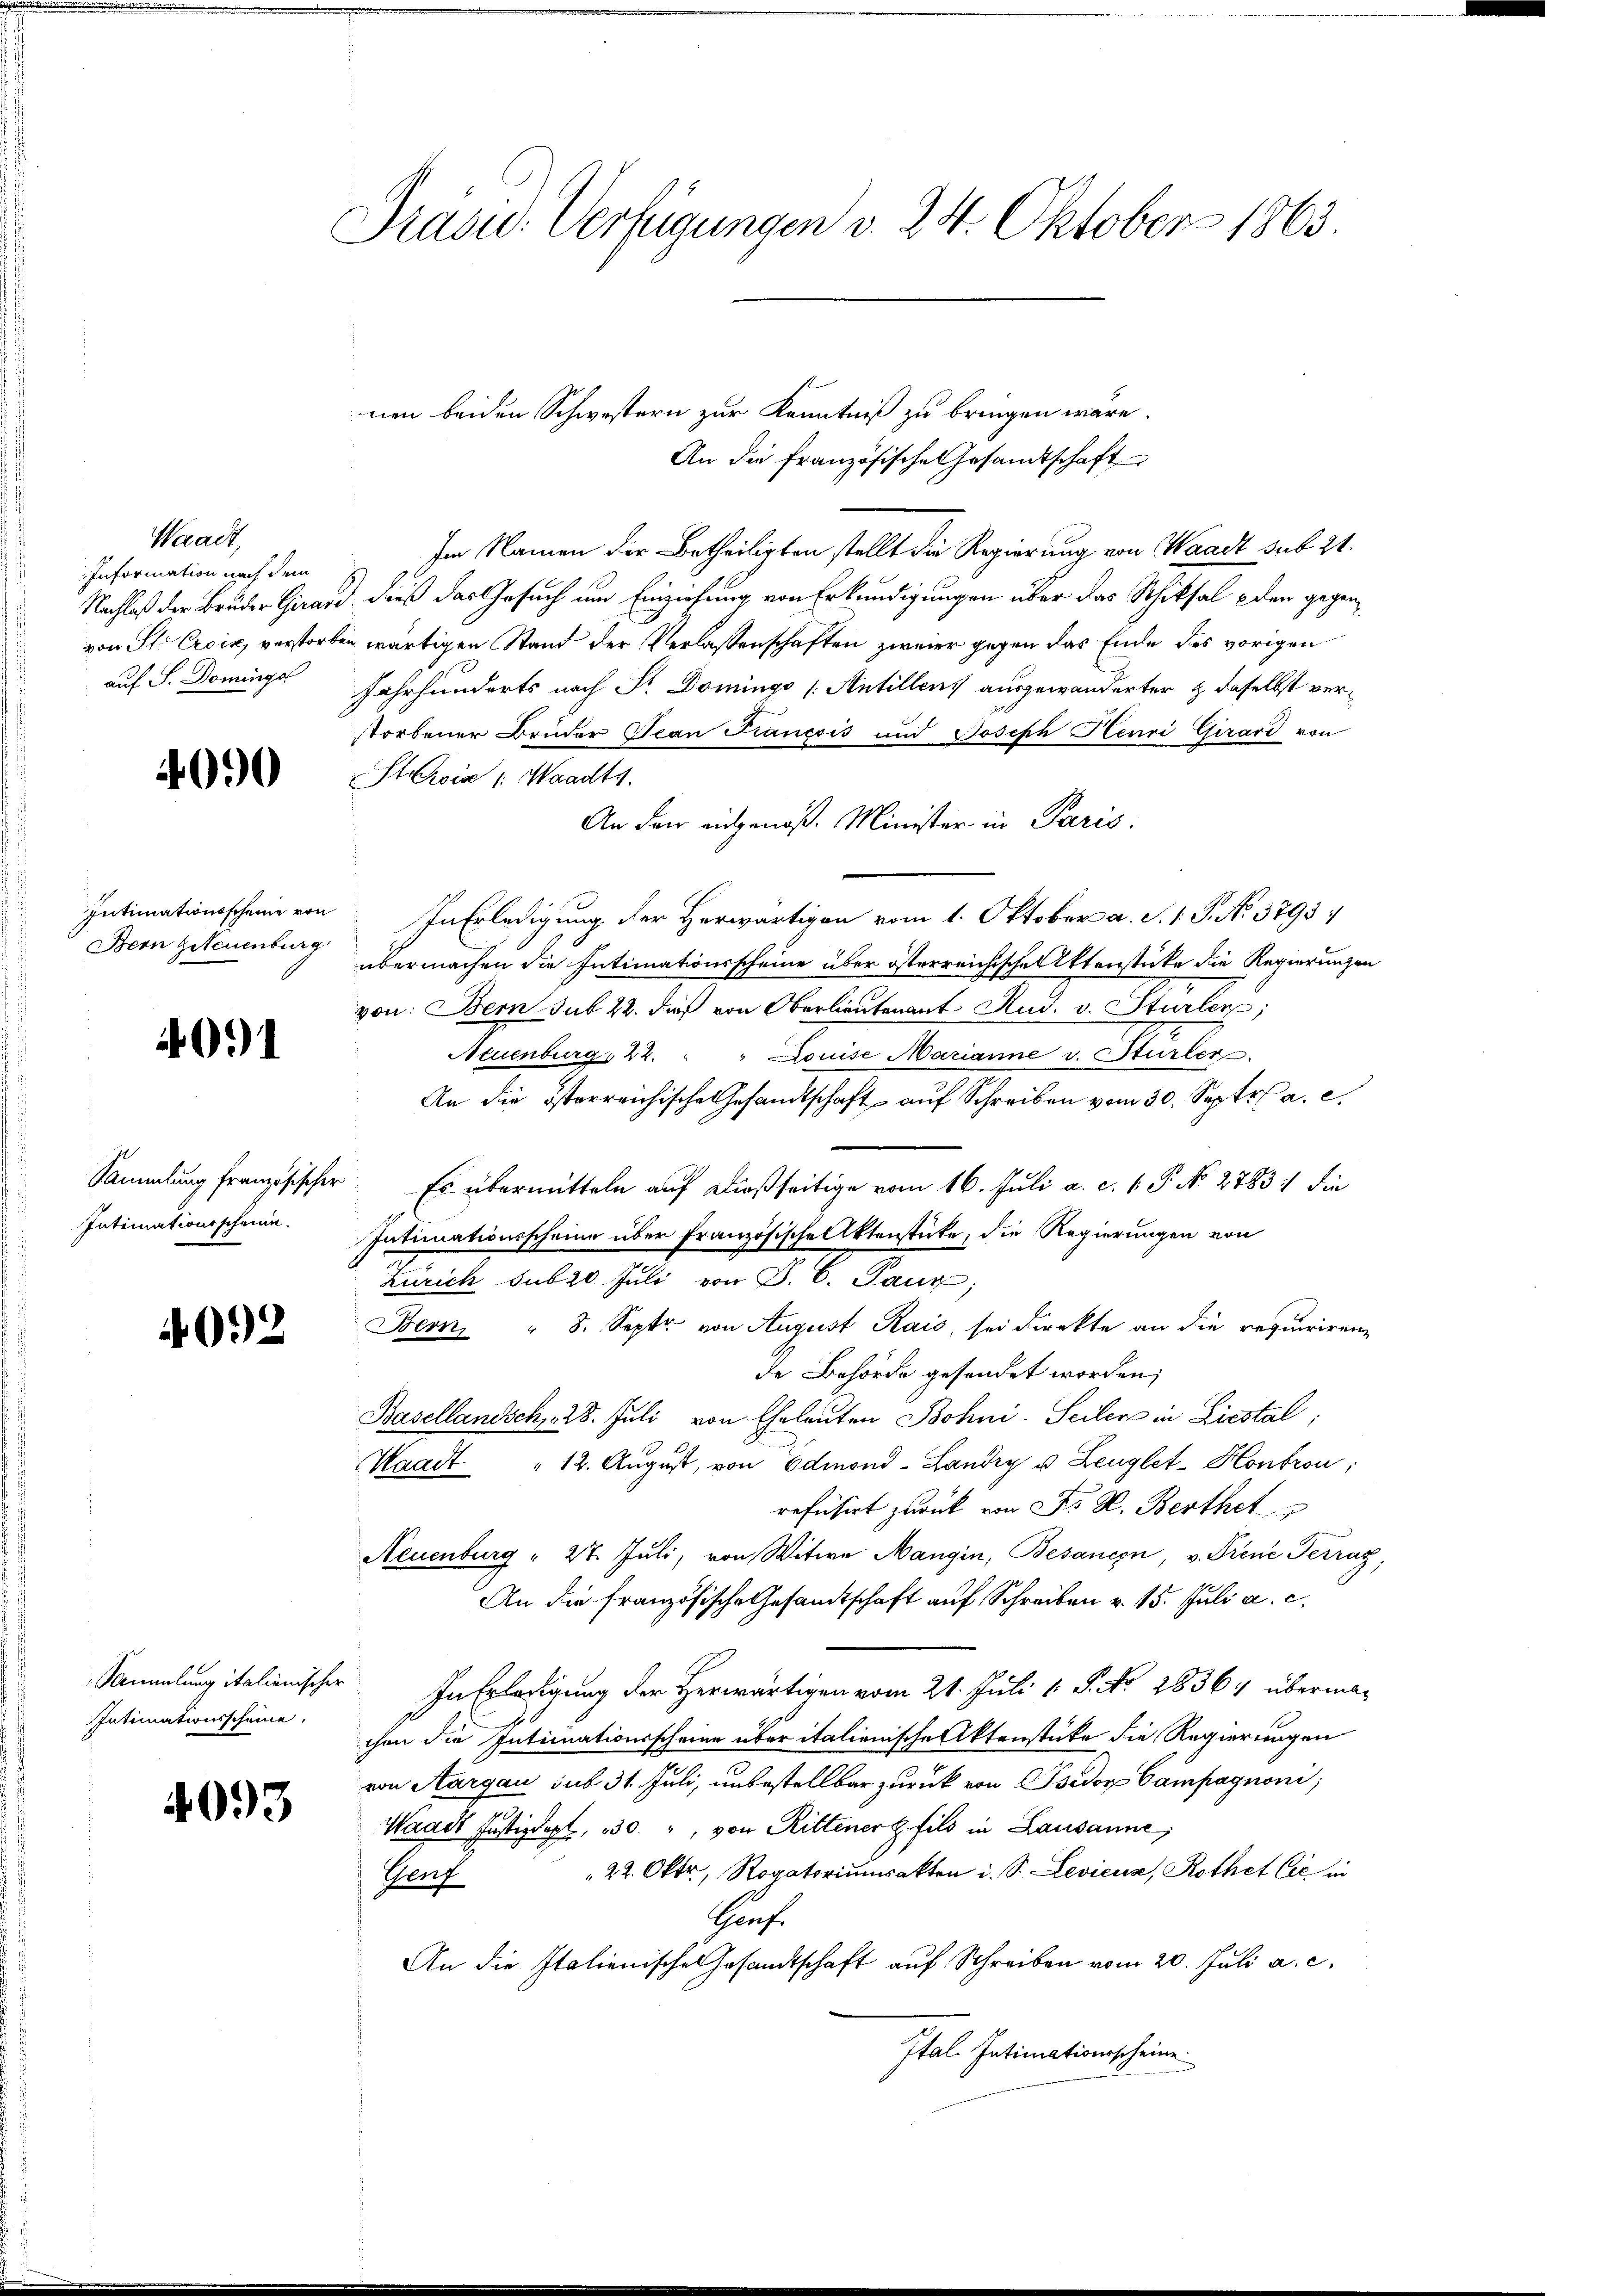
Waadt,
Information nach dem
auf S. Dominga

4090

nen beiden Schwestern zur Kenntniß zu bringen wäre
An die französische Gesandtschaft
Im Namen der Betheiligten stellt die Regierung von Waadt sub 21.
Nachlaß der Bruder Girard dieß das Gesuch um Einziehung von Erkundigungen über das Schiksal - den gegenvon St. Croix, verstorben wärtigen Stand der Verlassenschaften zweier gegen das Ende des vorigen
Jahrhunderts nach Sr. Domings Antillens ausgewanderter & daselbst verstorbener Bruder Jean Francsis und Joseph Henri Girard von
Strois : Waadts.
An den eingenoß. Minister in Paris
Intimationsscheine von In Erledigung der Herwärtigen vom 1. Oktober a. S. 1. G. No 3793
übermachen die Intimationsscheine über österreichische Aktenstücke die Regierungen
von: Bern sub 22. dieß von Oberlieutenant Rud. v. Stürler,
Neuenburg 22. " " Louise Marianne v. Stürler
An die österreichische Gesandtschaft auf Schreiben vom 30. Sept. a. c.
Sammlung französischer. Es übermitteln auf dießseitige vom 16. Juli a. c. v. P. No. 2783 :/ die
Intimationsscheine über französische Aktenstücke, die Regierungen von
Zürich sub 20. Juli von J. C. Paux;
Bern, " 8. Septe von August Rais, sei direkte an die requiriren
de Behörde gesandet worden;
Basellandsch. 28. Juli von Eheleuten Bohni-Seiler in Liestal
Waadt " 12. Aŭgŭst, von Edmond-Landry u. Lenglet-Hontron,
refüsirt zurück von K. K. Berthet
Neuenburg " 27. Juli, von Witwe Mangin, Besancen, v. Frene Terraz,
An die französische Gesandtschaft auf Schreiben v. 15. Juli a. c.
Sammlung italienischer. In Erledigung der Herwärtigen vom 21. Juli l. S. No. 1836. übermachen die Intimationsscheine über italienische Aktenstücke die Regierungen
von Aargau sub 31. Juli, unbestellbar zurück von Bsidor Campagnoni;
Waadt Justizdept, 330. ", von Rittener fils in Lausanne;
22. Oktr, Rogatoriumsakten i. S. Levicus, Rothet Cie in
Herf
Haufe
An die Italienische Gesandtschaft auf Schreiben vom 20. Juli a. c.
Ital. Intimationsscheine

Bern Greuenburg

4091

Intimationsscheine.

4092

Intimationsscheine.

4093

Präsid. Verfügungen v. 24. Oktober 1863.